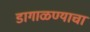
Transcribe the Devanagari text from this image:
डागाळण्याचा